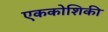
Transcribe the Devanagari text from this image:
एककोशिकी